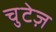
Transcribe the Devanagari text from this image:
चुटेज़